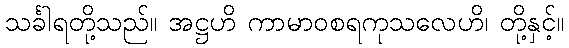
သင်္ခါရတို့သည်။ အဋ္ဌဟိ ကာမာဝစရကုသလေဟိ၊ တို့နှင့်။